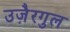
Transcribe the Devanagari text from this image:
उजै़रगुल